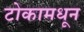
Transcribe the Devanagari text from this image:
टोकामधून